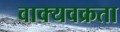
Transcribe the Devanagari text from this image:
वाक्यवक्रता